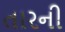
તારની